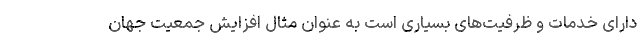
دارای خدمات و ظرفیت‌های بسیاری است به عنوان مثال افزایش جمعیت جهان